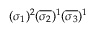
( \sigma _ { 1 } ) ^ { 2 } ( \overline { { \sigma _ { 2 } } } ) ^ { 1 } ( \overline { { \sigma _ { 3 } } } ) ^ { 1 }